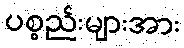
ပစ္စည်းများအား